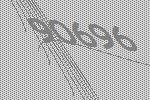
90696